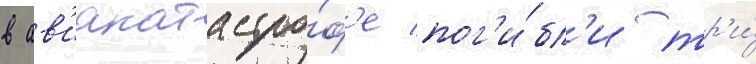
в ав'иакатастро́ф'е пог'и́бл'и тр'и́